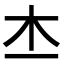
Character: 𣎶